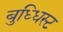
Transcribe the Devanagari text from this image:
बुध्धिस्ट